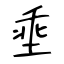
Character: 埀